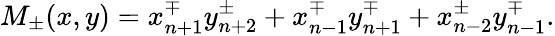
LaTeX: M_{\pm}(x,y)=x_{n+1}^{\mp}y_{n+2}^{\pm}+x_{n-1}^{\mp}y_{n+1}^{\mp}+x_{n-2}^{\pm}y_{n-1}^{\mp}.